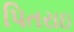
પિતરાઇ